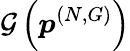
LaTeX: \mathcal{G}\left(\boldsymbol{p}^{(N,G)}\right)